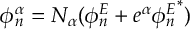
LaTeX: \phi _ { n } ^ { \alpha } = N _ { \alpha } ( \phi _ { n } ^ { E } + e ^ { \alpha } { \phi _ { n } ^ { E } } ^ { * } )